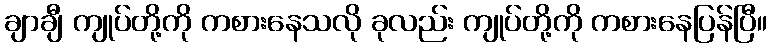
ချာချီ ကျုပ်တို့ကို ကစားနေသလို ခုလည်း ကျုပ်တို့ကို ကစားနေပြန်ပြီ။